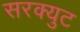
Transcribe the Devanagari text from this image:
सरक्युट